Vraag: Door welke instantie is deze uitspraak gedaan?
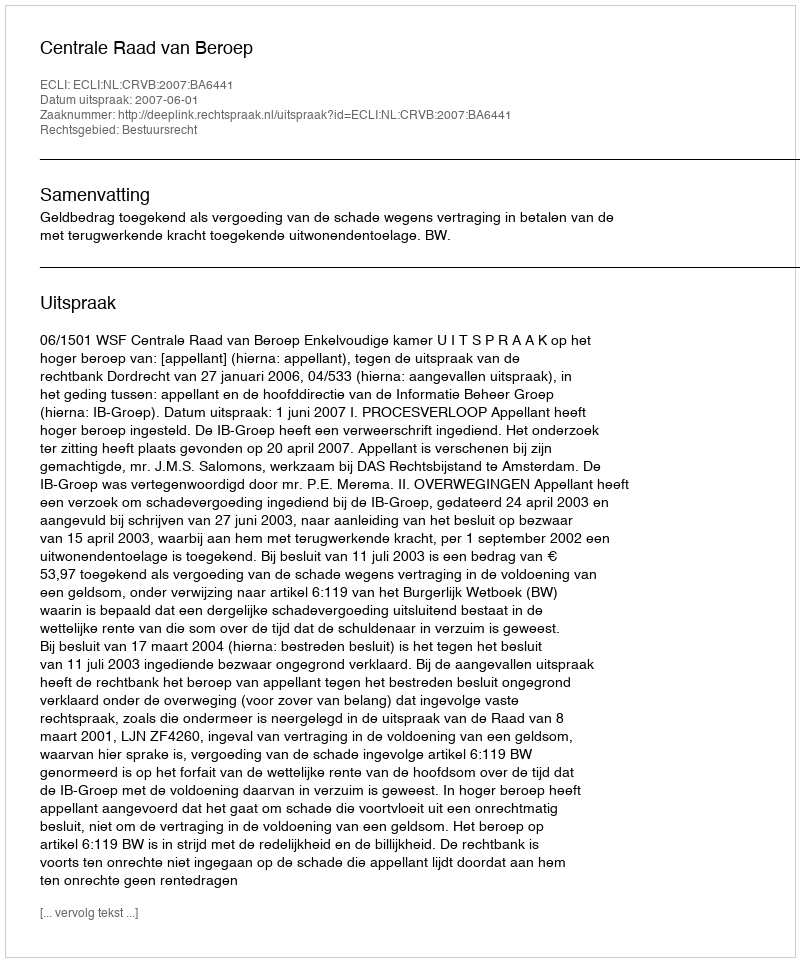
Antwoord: Centrale Raad van Beroep